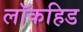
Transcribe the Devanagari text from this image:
लॉकहिड